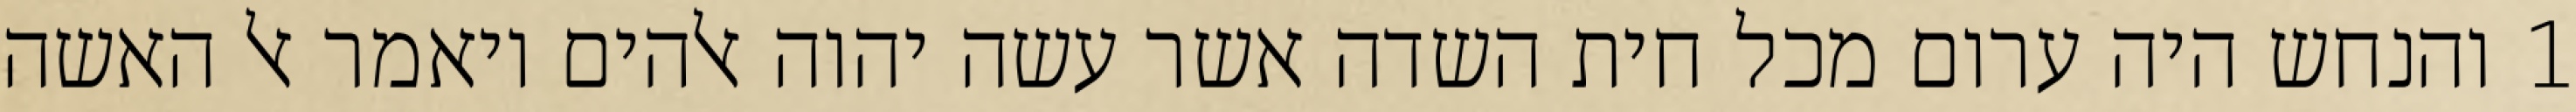
1 והנחש היה ערום מכל חית השדה אשר עשה יהוה אלהים ויאמר אל האשה